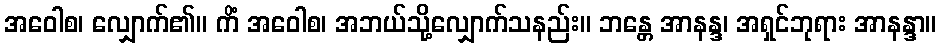
အဝေါစ၊ လျှောက်၏။ ကိံ အဝေါစ၊ အဘယ်သို့လျှောက်သနည်း။ ဘန္တေ အာနန္ဒ၊ အရှင်ဘုရား အာနန္ဒာ။